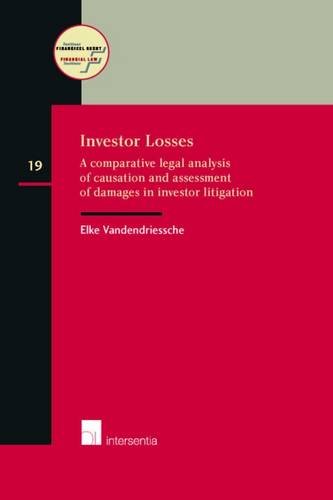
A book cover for Investor Losses: A Comparative Legal Analysis of Causation and Assessment of Damages in Investor Litigation; Elke Vandendriessche; Law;